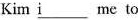
Kim i ___ me to